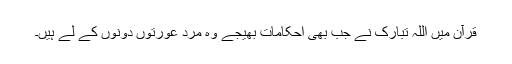
قرآن میں اللہ تبارک نے جب بھی احکامات بھیجے وہ مرد عورتوں دونوں کے لے ہیں۔